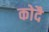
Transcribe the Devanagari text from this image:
कोदै